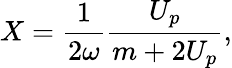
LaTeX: X=\frac{1}{2\omega}\frac{U_{p}}{m+2U_{p}},